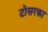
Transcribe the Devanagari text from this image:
टोसरका